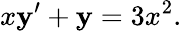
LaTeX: x\mathbf{y}^{\prime}+\mathbf{y}=3x^{2}.